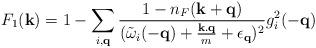
LaTeX: \begin{align*}F_{1}({\bf{k}}) = 1 - \sum_{ i, {\bf{q}} }\frac{ 1 - n_{F}({\bf{k}} + {\bf{q}}) }{({\tilde{\omega}}_{i}(-{\bf{q}}) + \frac{ {\bf{k.q}} }{m} + \epsilon_{ {\bf{q}} })^{2} }g^{2}_{i}(-{\bf{q}})\end{align*}